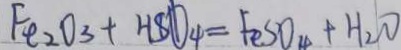
F e _ { 2 } O _ { 3 } + H S O _ { 4 } = F e S O _ { 4 } + H _ { 2 } O